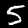
Digit: 5